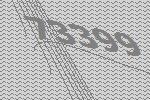
73399